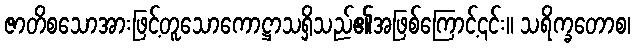
ဇာတိစသောအားဖြင့်တူသောကောဋ္ဌာသရှိသည်၏အဖြစ်ကြောင့်၎င်း။ သရိက္ခတောစ၊